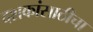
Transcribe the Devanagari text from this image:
दशकांसाठीचा